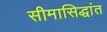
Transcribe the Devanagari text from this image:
सीमासिद्धांत